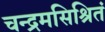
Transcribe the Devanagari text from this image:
चन्द्रमसिश्रितं